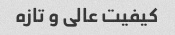
کیفیت عالی و تازه